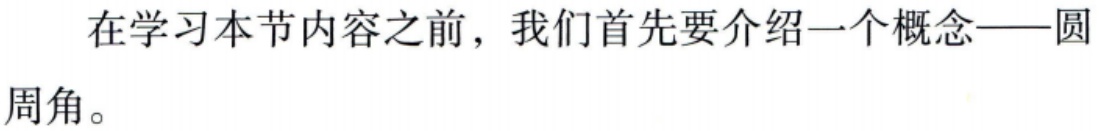
在学习本节内容之前，我们首先要介绍一个概念——圆周角。